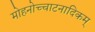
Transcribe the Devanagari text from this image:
मोहनोच्चाटनादिकम्